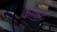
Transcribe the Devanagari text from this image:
कथब्र्ट